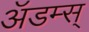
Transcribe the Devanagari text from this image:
ॲडम्स्